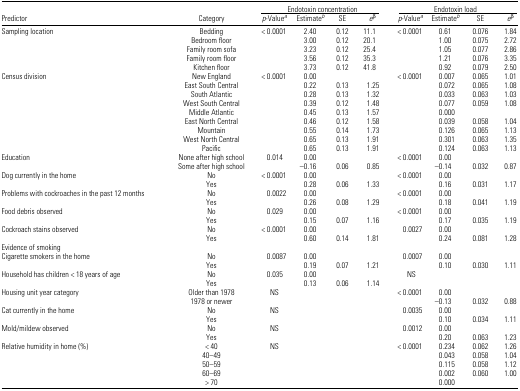
<table><thead><tr><td></td><td></td><td colspan="4"><b>Endotoxin concentration</b></td><td colspan="4"><b>Endotoxin load</b></td></tr><tr><td><b>Predictor</b></td><td><b>Category</b></td><td><b><i>p</i>-Valuea</b></td><td><b>Estimateb</b></td><td><b>SE</b></td><td><b><i>e</i><sup>β</sup></b></td><td><b><i>p</i>-Valuea</b></td><td><b>Estimateb</b></td><td><b>SE</b></td><td><b><i>e</i><sup>β</sup></b></td></tr></thead><tbody><tr><td>Sampling location</td><td>Bedding</td><td>&lt; 0.0001</td><td>2.40</td><td>0.12</td><td>11.1</td><td>&lt; 0.0001</td><td>0.61</td><td>0.076</td><td>1.84</td></tr><tr><td></td><td>Bedroom floor</td><td></td><td>3.00</td><td>0.12</td><td>20.1</td><td></td><td>1.00</td><td>0.075</td><td>2.72</td></tr><tr><td></td><td>Family room sofa</td><td></td><td>3.23</td><td>0.12</td><td>25.4</td><td></td><td>1.05</td><td>0.077</td><td>2.86</td></tr><tr><td></td><td>Family room floor</td><td></td><td>3.56</td><td>0.12</td><td>35.3</td><td></td><td>1.21</td><td>0.076</td><td>3.35</td></tr><tr><td></td><td>Kitchen floor</td><td></td><td>3.73</td><td>0.12</td><td>41.8</td><td></td><td>0.92</td><td>0.079</td><td>2.50</td></tr><tr><td>Census division</td><td>New England</td><td>&lt; 0.0001</td><td>0.00</td><td></td><td></td><td>&lt; 0.0001</td><td>0.007</td><td>0.065</td><td>1.01</td></tr><tr><td></td><td>East South Central</td><td></td><td>0.22</td><td>0.13</td><td>1.25</td><td></td><td>0.072</td><td>0.065</td><td>1.08</td></tr><tr><td></td><td>South Atlantic</td><td></td><td>0.28</td><td>0.13</td><td>1.32</td><td></td><td>0.033</td><td>0.063</td><td>1.03</td></tr><tr><td></td><td>West South Central</td><td></td><td>0.39</td><td>0.12</td><td>1.48</td><td></td><td>0.077</td><td>0.059</td><td>1.08</td></tr><tr><td></td><td>Middle Atlantic</td><td></td><td>0.45</td><td>0.13</td><td>1.57</td><td></td><td>0.000</td><td></td><td></td></tr><tr><td></td><td>East North Central</td><td></td><td>0.46</td><td>0.12</td><td>1.58</td><td></td><td>0.039</td><td>0.058</td><td>1.04</td></tr><tr><td></td><td>Mountain</td><td></td><td>0.55</td><td>0.14</td><td>1.73</td><td></td><td>0.126</td><td>0.065</td><td>1.13</td></tr><tr><td></td><td>West North Central</td><td></td><td>0.65</td><td>0.13</td><td>1.91</td><td></td><td>0.301</td><td>0.063</td><td>1.35</td></tr><tr><td></td><td>Pacific</td><td></td><td>0.65</td><td>0.13</td><td>1.91</td><td></td><td>0.124</td><td>0.063</td><td>1.13</td></tr><tr><td>Education</td><td>None after high school</td><td>0.014</td><td>0.00</td><td></td><td></td><td>&lt; 0.0001</td><td>0.00</td><td></td><td></td></tr><tr><td></td><td>Some after high school</td><td></td><td>−0.16</td><td>0.06</td><td>0.85</td><td></td><td>−0.14</td><td>0.032</td><td>0.87</td></tr><tr><td>Dog currently in the home</td><td>No</td><td>&lt; 0.0001</td><td>0.00</td><td></td><td></td><td>&lt; 0.0001</td><td>0.00</td><td></td><td></td></tr><tr><td></td><td>Yes</td><td></td><td>0.28</td><td>0.06</td><td>1.33</td><td></td><td>0.16</td><td>0.031</td><td>1.17</td></tr><tr><td>Problems with cockroaches in the past 12 months</td><td>No</td><td>0.0022</td><td>0.00</td><td></td><td></td><td>&lt; 0.0001</td><td>0.00</td><td></td><td></td></tr><tr><td></td><td>Yes</td><td></td><td>0.26</td><td>0.08</td><td>1.29</td><td></td><td>0.18</td><td>0.041</td><td>1.19</td></tr><tr><td>Food debris observed</td><td>No</td><td>0.029</td><td>0.00</td><td></td><td></td><td>&lt; 0.0001</td><td>0.00</td><td></td><td></td></tr><tr><td></td><td>Yes</td><td></td><td>0.15</td><td>0.07</td><td>1.16</td><td></td><td>0.17</td><td>0.035</td><td>1.19</td></tr><tr><td>Cockroach stains observed</td><td>No</td><td>&lt; 0.0001</td><td>0.00</td><td></td><td></td><td>0.0027</td><td>0.00</td><td></td><td></td></tr><tr><td></td><td>Yes</td><td></td><td>0.60</td><td>0.14</td><td>1.81</td><td></td><td>0.24</td><td>0.081</td><td>1.28</td></tr><tr><td colspan="10">Evidence of smoking</td></tr><tr><td>Cigarette smokers in the home</td><td>No</td><td>0.0087</td><td>0.00</td><td></td><td></td><td>0.0007</td><td>0.00</td><td></td><td></td></tr><tr><td></td><td>Yes</td><td></td><td>0.19</td><td>0.07</td><td>1.21</td><td></td><td>0.10</td><td>0.030</td><td>1.11</td></tr><tr><td>Household has children &lt; 18 years of age</td><td>No</td><td>0.035</td><td>0.00</td><td></td><td></td><td>NS</td><td></td><td></td><td></td></tr><tr><td></td><td>Yes</td><td></td><td>0.13</td><td>0.06</td><td>1.14</td><td></td><td></td><td></td><td></td></tr><tr><td>Housing unit year category</td><td>Older than 1978</td><td>NS</td><td></td><td></td><td></td><td>&lt; 0.0001</td><td>0.00</td><td></td><td></td></tr><tr><td></td><td>1978 or newer</td><td></td><td></td><td></td><td></td><td></td><td>−0.13</td><td>0.032</td><td>0.88</td></tr><tr><td>Cat currently in the home</td><td>No</td><td>NS</td><td></td><td></td><td></td><td>0.0035</td><td>0.00</td><td></td><td></td></tr><tr><td></td><td>Yes</td><td></td><td></td><td></td><td></td><td></td><td>0.10</td><td>0.034</td><td>1.11</td></tr><tr><td>Mold/mildew observed</td><td>No</td><td>NS</td><td></td><td></td><td></td><td>0.0012</td><td>0.00</td><td></td><td></td></tr><tr><td></td><td>Yes</td><td></td><td></td><td></td><td></td><td></td><td>0.20</td><td>0.063</td><td>1.23</td></tr><tr><td>Relative humidity in home (%)</td><td>&lt; 40</td><td>NS</td><td></td><td></td><td></td><td>&lt; 0.0001</td><td>0.234</td><td>0.062</td><td>1.26</td></tr><tr><td></td><td>40–49</td><td></td><td></td><td></td><td></td><td></td><td>0.043</td><td>0.058</td><td>1.04</td></tr><tr><td></td><td>50–59</td><td></td><td></td><td></td><td></td><td></td><td>0.115</td><td>0.058</td><td>1.12</td></tr><tr><td></td><td>60–69</td><td></td><td></td><td></td><td></td><td></td><td>0.002</td><td>0.060</td><td>1.00</td></tr><tr><td></td><td>&gt; 70</td><td></td><td></td><td></td><td></td><td></td><td>0.000</td><td></td><td></td></tr></tbody></table>